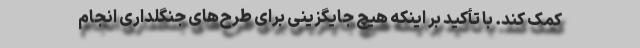
کمک کند. با تأکید بر اینکه هیچ جایگزینی برای طرح‌های جنگلداری انجام